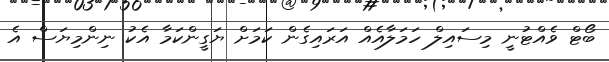
ބޯޓް ވެއްޓުނީ މިސައިލް ހަމަލާއެއް އަރައިގެން ކަމަށް ޔަގީންކަމާ އެކު ނިންމިޔަސް އެ